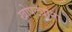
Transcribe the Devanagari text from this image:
खोपट्यांना